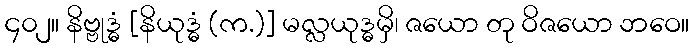
၄၀၂။ နိဗ္ဗုဒ္ဓံ [နိယုဒ္ဓံ (က.)] မလ္လယုဒ္ဓမှိ၊ ဇယော တု ဝိဇယော ဘဝေ။